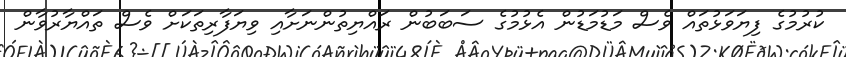
ކުރުމުގެ ފިޔަވަޅުތައް ވެސް މަޑުމަޑުން އެޅުމުގެ ސަބަބުން ރައްޔިތުންނަށާއި ވިޔަފާރިތަކަށް ވެސް ތައްޔާރުވާން